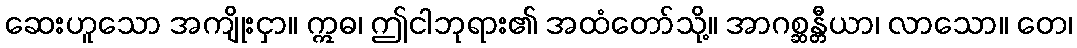
ဆေးဟူသော အကျိုးငှာ။ ဣဓ၊ ဤငါဘုရား၏ အထံတော်သို့။ အာဂစ္ဆန္တီယာ၊ လာသော။ တေ၊